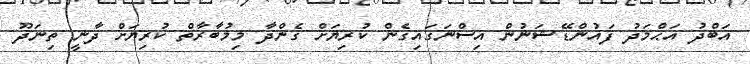
އަބްދު އަޙްމަދު ފައުންޑޭޝަނުން އިސްނަގައިގެން ކުރިޔަށް ގެންދާ މިމުބާރާތް ކުރިޔަށް ދާނީ ތިނަދޫ